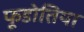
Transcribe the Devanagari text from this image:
फूडोतिया